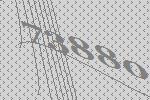
73880